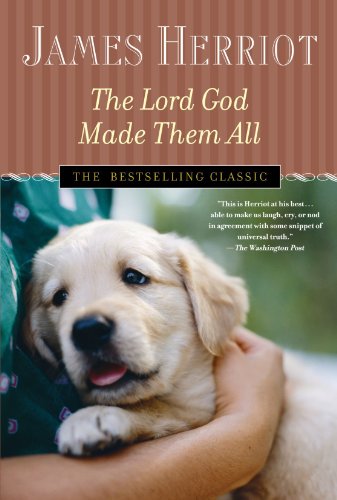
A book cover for The Lord God Made Them All (All Creatures Great and Small); James Herriot; Crafts, Hobbies & Home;